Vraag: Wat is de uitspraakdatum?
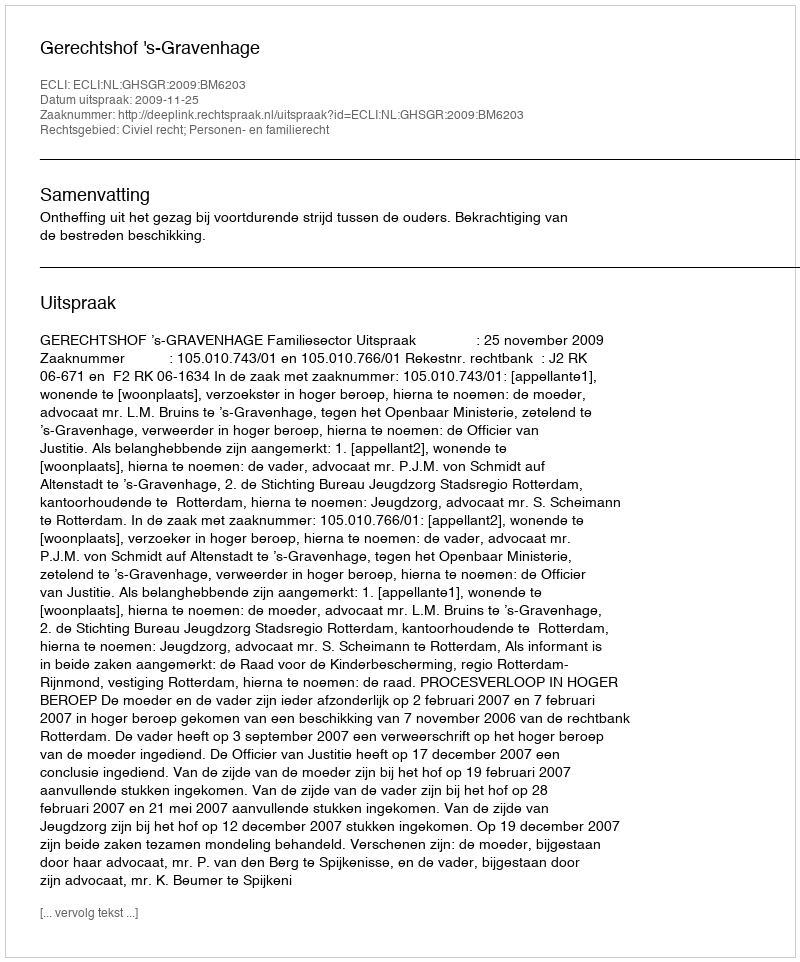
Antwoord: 2009-11-25